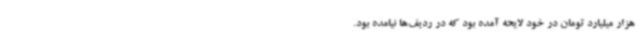
هزار میلیارد تومان در خود لایحه آمده بود که در ردیف‌ها نیامده بود.